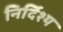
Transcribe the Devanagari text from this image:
निर्दिश्य